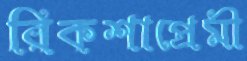
রিকশাপ্রেমী